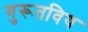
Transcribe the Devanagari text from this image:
गुरूतविय